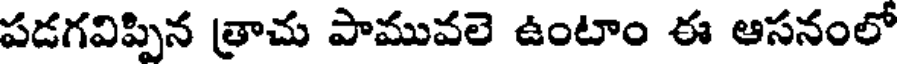
పడగవిప్పిన త్రాచు పామువలె ఉంటాం ఈ ఆసనంలో